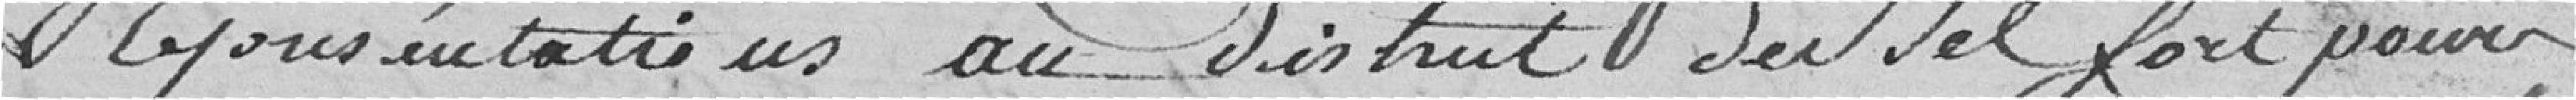
Représentations au district de Belfort pour